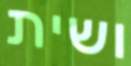
ושית